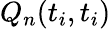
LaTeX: Q_{n}(t_{i},t_{i})